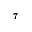
_ 7